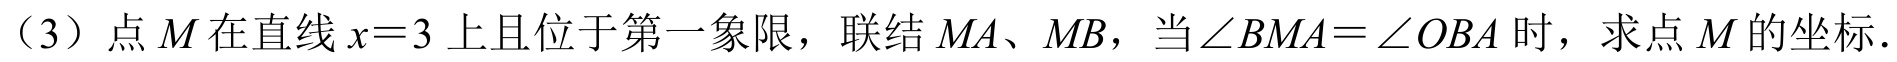
（3）点\(M\)在直线\(x = 3\)上且位于第一象限，联结\(MA\)、\(MB\)，当\(\angle BMA=\angle OBA\)时，求点\(M\)的坐标.